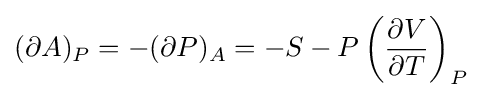
(\partial A)_{P}=-(\partial P)_{A}=-S-P\left({\frac {\partial V}{\partial T}}\right)_{P}